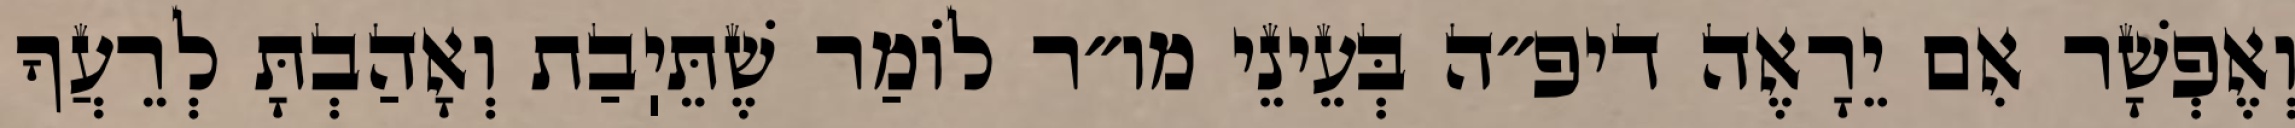
וְאֶפְשָׁר אִם יֵרָאֶה דיפ״ה בְּעֵינֵי מו״ר לוֹמַר שֶׁתֵּיֽבַת וְאָהַבְתָּ לְרֵעֲךָ